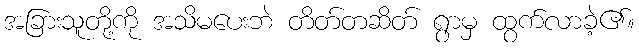
အခြားသူတို့ကို အသိမပေးဘဲ တိတ်တဆိတ် ရွာမှ ထွက်လာခဲ့၏။